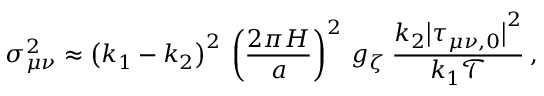
\sigma _ { \mu \nu } ^ { 2 } \approx \big ( k _ { 1 } - k _ { 2 } \big ) ^ { 2 } \: \left( \frac { 2 \pi H } { a } \right) ^ { 2 } \: g _ { \zeta } \: \frac { k _ { 2 } \big | \tau _ { \mu \nu , 0 } \big | ^ { 2 } } { k _ { 1 } \mathcal { T } } \: ,